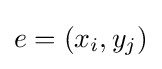
e=(x_{i},y_{j})